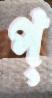
প্